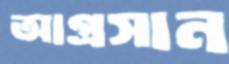
আগ্রসান